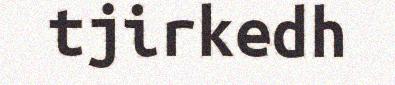
tjirkedh